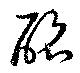
酩